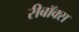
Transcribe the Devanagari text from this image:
रीबॉक्स